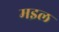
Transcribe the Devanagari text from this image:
मइल